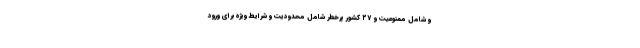
و شامل ممنوعیت و ۲۷ کشور پرخطر شامل محدودیت و شرایط ویژه برای ورود